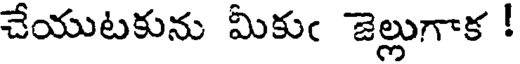
చేయుటకును మీకుఁ జెల్లుగాక !